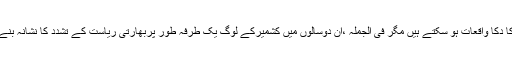
اکا دکا واقعات ہو سکتے ہیں مگر فی الجملہ ،ان دوسالوں میں کشمیرکے لوگ یک طرفہ طور پربھارتی ریاست کے تشدد کا نشانہ بنے۔